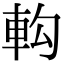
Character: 𨊵